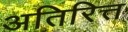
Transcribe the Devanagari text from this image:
अतिरित्त